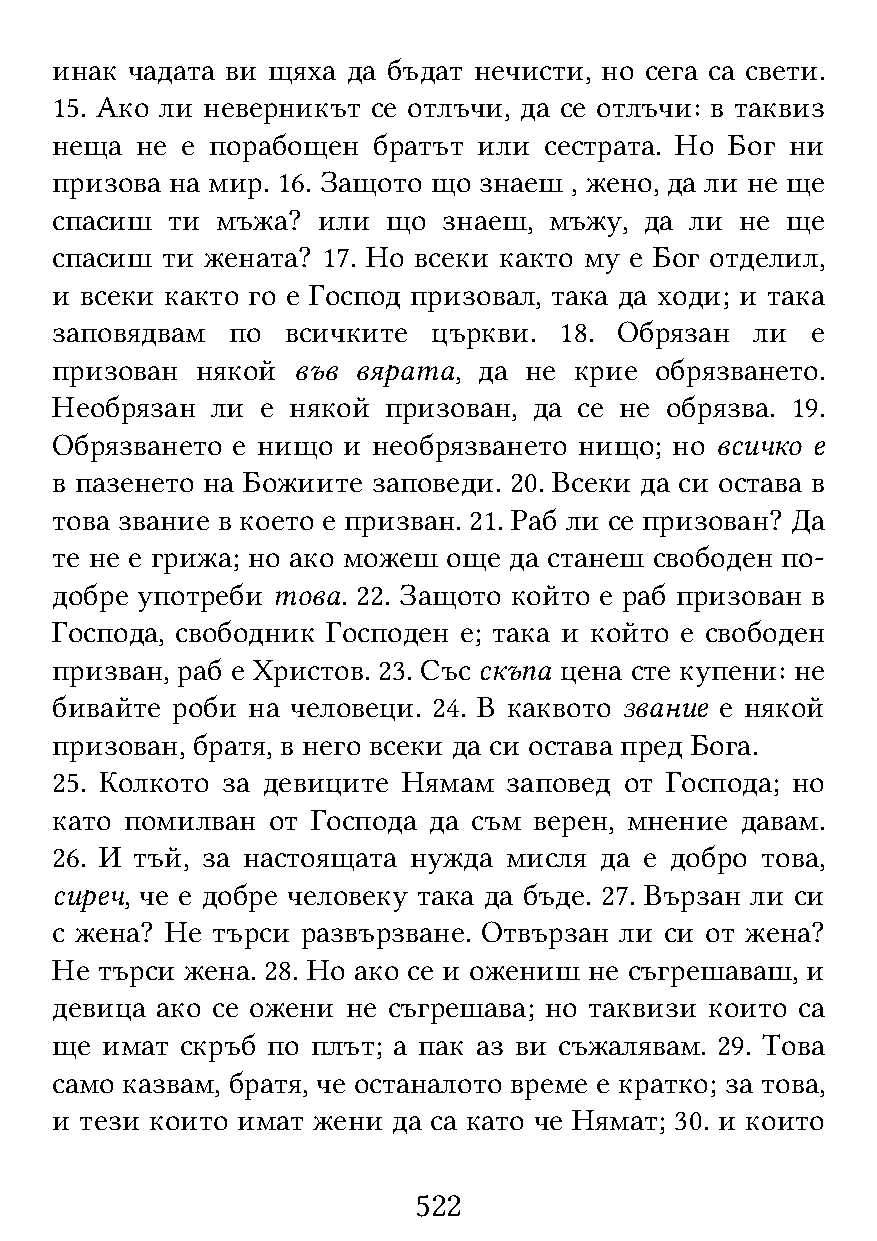
инак чадата ви щяха да бъдат нечисти, но сега са свети.
 15. Ако ли неверникът се отлъчи, да се отлъчи: в таквиз
 неща  не е порабощен  братът или сестрата. Но Бог ни
 призова на мир. 16. Защото що знаеш , жено, да ли не ще
 спасиш  ти мъжа?  или  що знаеш, мъжу,  да ли не ще
 спасиш  ти жената? 17. Но всеки както му е Бог отделил,
 и всеки както го е Господ призовал, така да ходи; и така
 заповядвам  по  всичките  църкви. 18. Обрязан  ли  е
 призован  някой във  вярата, да не крие обрязването.
 Необрязан  ли е някой призован, да се не обрязва. 19.
 Обрязването е нищо  и необрязването нищо; но всичко е
 в пазенето на Божиите заповеди. 20. Всеки да си остава в
 това звание в което е призван. 21. Раб ли се призован? Да
 те не е грижа; но ако можеш още да станеш свободен по-
 добре употреби това. 22. Защото който е раб призован в
 Господа, свободник Господен е; така и който е свободен
 призван, раб е Христов. 23. Със скъпа цена сте купени: не
 бивайте роби на человеци. 24. В каквото звание е някой
 призован, братя, в него всеки да си остава пред Бога.
 25. Колкото за девиците Нямам  заповед от Господа; но
 като помилван  от Господа да съм верен, мнение давам.
 26. И тъй, за настоящата нужда мисля да е добро това,
 сиреч, че е добре человеку така да бъде. 27. Вързан ли си
 с жена? Не търси развързване. Отвързан ли си от жена?
 Не търси жена. 28. Но ако се и ожениш не съгрешаваш, и
 девица ако се ожени не съгрешава; но таквизи които са
 ще  имат скръб по плът; а пак аз ви съжалявам. 29. Това
 само казвам, братя, че останалото време е кратко; за това,
 и тези които имат жени да са като че Нямат; 30. и които
 522